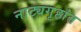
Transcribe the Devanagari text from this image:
नाट्यगृहांत